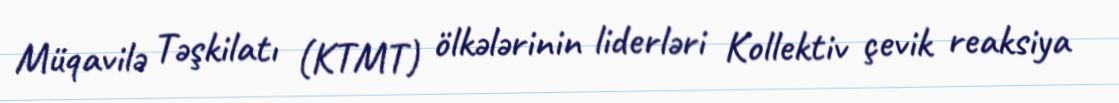
Müqavilə Təşkilatı (KTMT) ölkələrinin liderləri Kollektiv çevik reaksiya